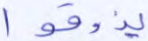
يذوقوا